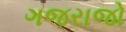
ગજરાજો